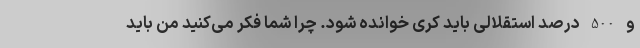
و 500 درصد استقلالی باید کری خوانده شود. چرا شما فکر می‌کنید من باید